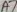
Text: A7